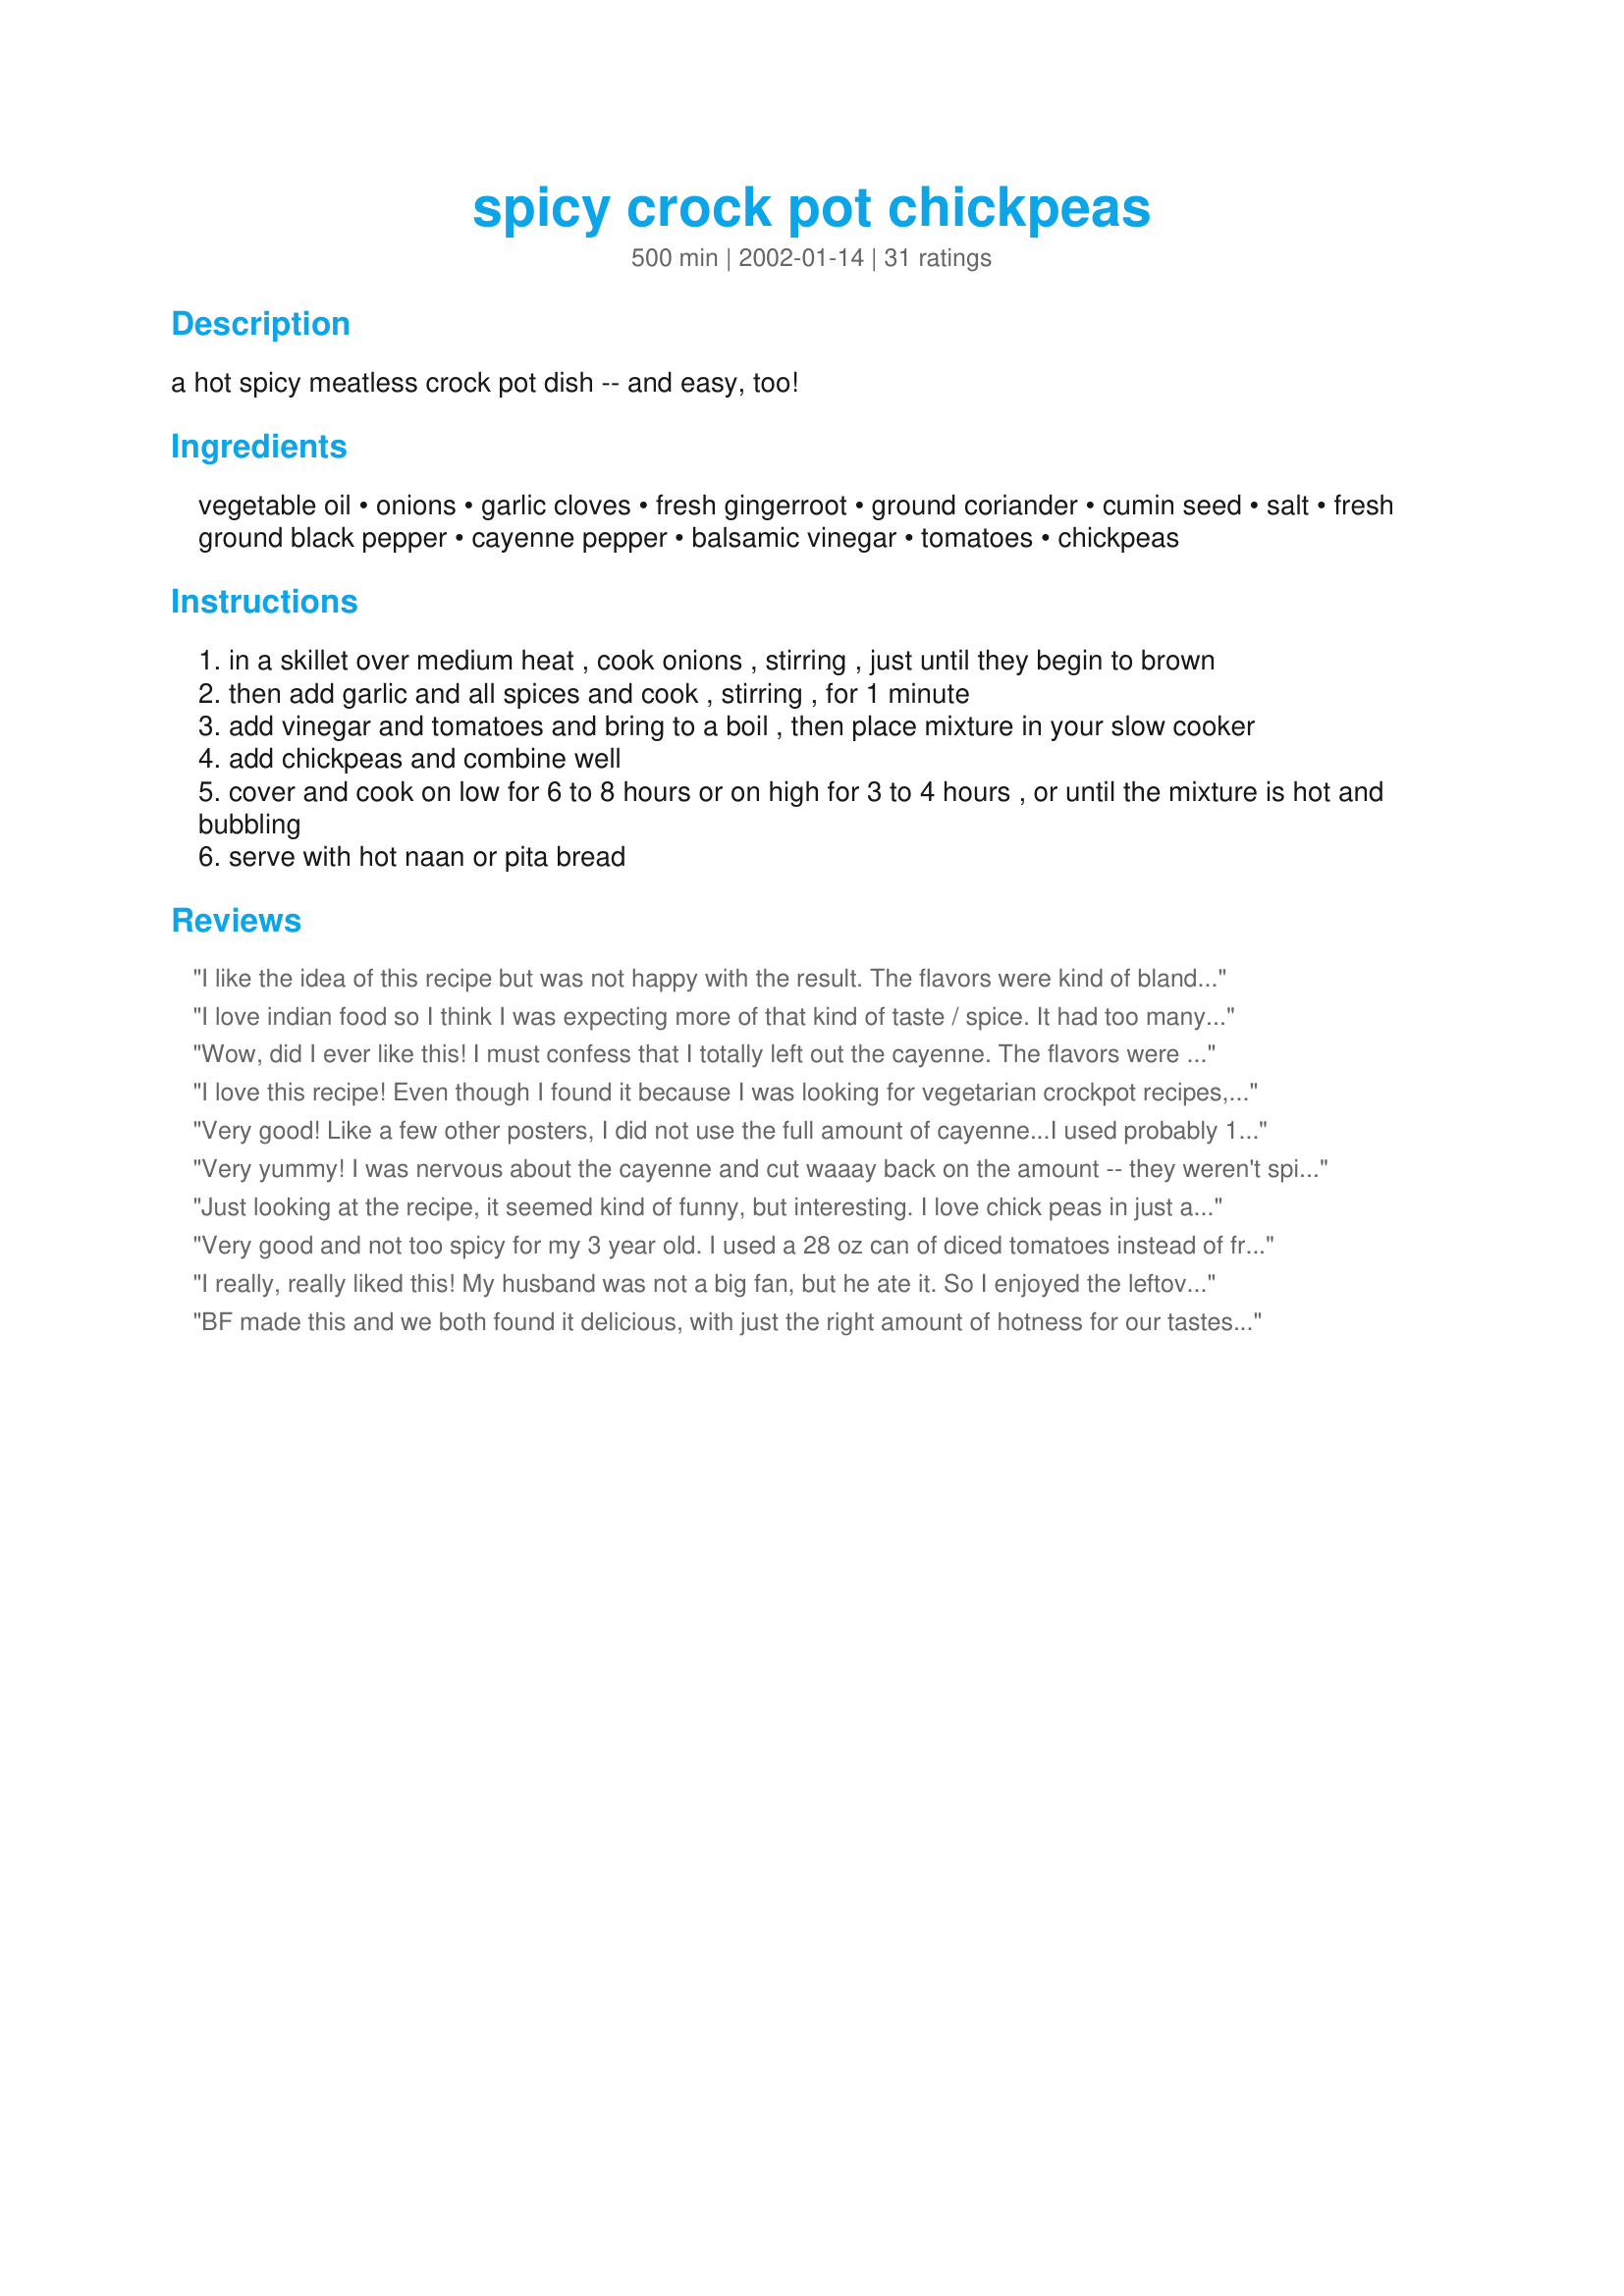
spicy crock pot chickpeas
Preparation time: 500 minutes

a hot spicy meatless crock pot dish -- and easy, too!

Ingredients:
vegetable oil, onions, garlic cloves, fresh gingerroot, ground coriander, cumin seed, salt, fresh ground black pepper, cayenne pepper, balsamic vinegar, tomatoes, chickpeas

Steps:
in a skillet over medium heat , cook onions , stirring , just until they begin to brown
then add garlic and all spices and cook , stirring , for 1 minute
add vinegar and tomatoes and bring to a boil , then place mixture in your slow cooker
add chickpeas and combine well
cover and cook on low for 6 to 8 hours or on high for 3 to 4 hours , or until the mixture is hot and bubbling
serve with hot naan or pita bread

Reviews:
I like the idea of this recipe but was not happy with the result. The flavors were kind of bland and muddled whereas I was hoping for something that was dark and spicy. Sorry.
I love indian food so I think I was expecting more of that kind of taste / spice. It had too many tomatoes for me and not enough heat. My husband loved it though, so I give it 3 stars!
Wow, did I ever like this! I must confess that I totally left out the cayenne. The flavors were just unique enough to be special, but not too over the top. I served it with some cooked spinach that I mixed with some of the liquid from the chickpeas. Since my husband is a carnivore, I also sauteed a chicken breast that I rubbed with some the same spices called for in the chickpeas.
I love this recipe! Even though I found it because I was looking for vegetarian crockpot recipes, I usually make it on the stovetop, and it works just fine. The balsamic vinegar is the key ingredient -- and I usually up the amount to 3 teaspoons. I also usually use 2 cans of tomatoes (about 3 1/2 cups), rather than the 2 cups called for in the recipe, because it's even juicier and yummier, I think, with extra tomatoes. Thanks, Lennie -- this one has a permanent spot in my "favorites" folder.
Very good! Like a few other posters, I did not use the full amount of cayenne...I used probably 1/4 tsp, and I thought it was perfect. I cooked it on low in my crock pot for about 8 hours...seemed like that was a good amount of time. I used canned tomatoes and included the juice as well as the tomatoes...I think this recipe would have been burned or at least overcooked if I hadn't added that extra juice. This tasted a lot like barbecued beans to me, rather than Indian food (that's not a complaint, though!). Thanks for posting!
Very yummy! I was nervous about the cayenne and cut waaay back on the amount -- they weren't spicy enough for me though! Next time I'll be brave and use what the recipe calls for. I also halved the recipe and it worked fine.
Just looking at the recipe, it seemed kind of funny, but interesting. I love chick peas in just about anyway possible so I tried it. Super delicious. I loved it and as another mentioned I'm going to make it with basmati next time. Perfect combination.
Very good and not too spicy for my 3 year old. I used a 28 oz can of diced tomatoes instead of fresh and that worked well.
I really, really liked this! My husband was not a big fan, but he ate it. So I enjoyed the leftovers all week for lunch! The flavors are wonderful.
BF made this and we both found it delicious, with just the right amount of hotness for our tastes. He told me that he had to leave in the liquid from the chickpeas and even add some more water in order to get enough liquid so that it would actually boil - and the result had a perfect texture. Great served with a dollop of yogourt, some chopped cilantro and naan bread! Thanks for a tasty and healthy crockpot recipe!
My family loved this. I didn't have any fresh ginger so I used 1 tsp ground.
My first vegetarian recipe in my new crockpot and I'd have to say it was a success. The recipe certainly lives up to its name as the chickpeas are certainly spicy. Made it in my 5.5 Quart Rival for about 3 hours, but let it sit in the pot (with the pot off) for another hour or so. The combination of spices reminds me of Indian cuisine, and the taste is very unusual, and very delicious. As one reviewer noted, yogurt would go very well with this I think, so I hope to pick up some today. Thanks for sharing a winner of a recipe Lennie.
This was a pretty decent recipe, but it's not one that I can get very excited about. My husband thought it was OK as well.
This is really tasty. I had sliced avocado on the side. My friend said it tasted like marinara sauce - and it kind of does! A very flavorful marinara sauce. I think the ginger brought out the flavor of the tomatoes. I will definitely make this again, and would even serve over pasta.
I loved this recipe, and I would not change a thing! Thank you for posting!
yummm! this was delicious, lennie - thank you! i made it pretty much exactly according to the recipe, and it got rave reviews all around. I really liked the flavour the balsamic vinegar added. I will certainly be making this again! (and it was really easy too :)
Awesome, thanks! Love the ginger and coriander. Next time I think I'll add potatoes.
This was so easy. Tasted like something you would order at a restaurant. Fantastic! I used ground cumin instead of cumin seeds.
Very good and easy recipe. We like spicy food and this was just about too spicy- I'd cut back on the cayenne a bit next time- otherwise you just taste 'hot' and not the different flavors. We used canned tomatoes juice. We ate it over rice.
Wow, I inadvertantly overdid it and had some REALLY spicy chickpeas on hand so I prepared some rice and served the stew over brown rice. My meat and potatoes guy ate all of his portion and went back for seconds. I liked it, he loved it.
I needed something for dinner that was soft and easy to chew, yet tasty, since I am going through some dental problems at the moment. This dish fit the bill perfectly. It is a nice combination of flavours. I only alteration I made was to reduce the cayenne pepper to 1/8 tsp. as I can't eat really spicy foods. I served it over basmati rice and I really enjoyed it. I am taking some of the leftovers to work tomorrow for lunch.
This certainly smelled fantastic when I finally got in from work! Tastes pretty good too. My toddler also ate this without protest.Didn't really notice the cayenne.I also was out of fresh gingerroot so made do with ground ginger which worked okay.
Nice and easy. . . which suites me fine. .. to do. Very tasty too!! I served it over basmati rice. Worth making and the leftovers freeze well. Thanks Lennie
This was very good and very simple to get ready for the crockpot. I did increase the garlic and ginger and decreased the cayenne as a personal preference. I used fresh chopped tomatoes and ended up adding a small 4oz can of tomato sauce about halfway through because it just didn't seem like it was going to be saucy enough. I am glad I did and perhaps next time I will used a can of chopped tomatoes to see if it works better. Thank you so much for sharing a delicious meatless dish!
Delicious! Adding the spices early on really brings out the flavor in this dish! We serve it over white or brown rice.
Great recipe! Unusual flavor, but good. I added baby carrots and a little red wine vinegar, its not as tart as the balsamic. It could use something to thicken the sauce.
This is very good! I used half the cayenne which was plenty for the spice-haters in the house. We spice-lovers just added more to our own bowls.
We LOVED it! Definitely follow the others' recommendation for 28 oz. can of tomatoes, (we like whole), and 1/8th tsp. cayenne. I quick sauteed onions, garlic and fresh ginger and threw into slow cooker (with liner) and then dumped in the rest of the ingredients, gave it a quick stir, came home from work and voila: a scrumptious dinner, (I served it with "warm Indian zucchini salad")!
This is hearty and yummy. A new favorite!
I made these as per the instructions. It was indeed flavorful but i think the vinegar overtook the flavor of the recipe. If I try this again it will be without the vinegar.
I halved this recipe and made it in my little 1QT crock pot. It worked out great. I also found that there was not enough liquid in it. Plus, I also used fresh tomato instead of canned. In the end, I ended up adding in a can of brown beans in tomato sauce. That worked well. I did end up omitting the cayenne as I had forgotten to add it. No matter though as I thoroughly loved it just as is. Thanks for such a great and easy meal for me!
